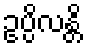
ဥပ္ပိလန္တိ